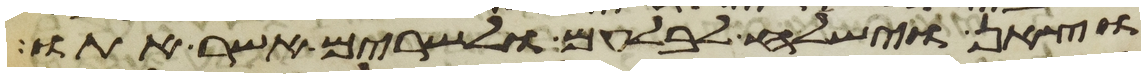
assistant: וצאן וישלח לבלעם ולשרים אשר אתו